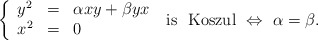
\begin{align*} \left\{ \begin{array}{lll}y^2 & = & \alpha xy + \beta yx \\ x^2 & = & 0\end{array}\right.\ \mbox{is \ Koszul}\ \Leftrightarrow \ \alpha = \beta.\end{align*}